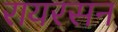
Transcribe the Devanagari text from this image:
रायरसन